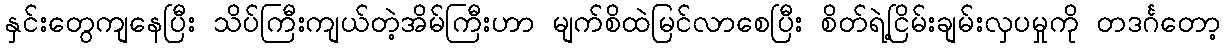
နှင်းတွေကျနေပြီး သိပ်ကြီးကျယ်တဲ့အိမ်ကြီးဟာ မျက်စိထဲမြင်လာစေပြီး စိတ်ရဲ့ငြိမ်းချမ်းလှပမှုကို တဒင်္ဂတော့